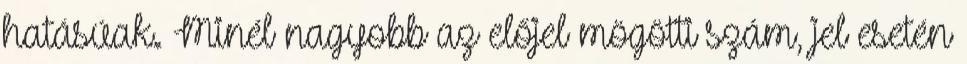
hatásúak. Minél nagyobb az előjel mögötti szám, jel esetén